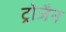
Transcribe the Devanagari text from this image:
ट्रोजैन